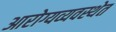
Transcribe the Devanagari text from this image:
आरोग्यव्यवस्थेत